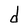
Character: d